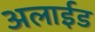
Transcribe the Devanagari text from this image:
अलाईड